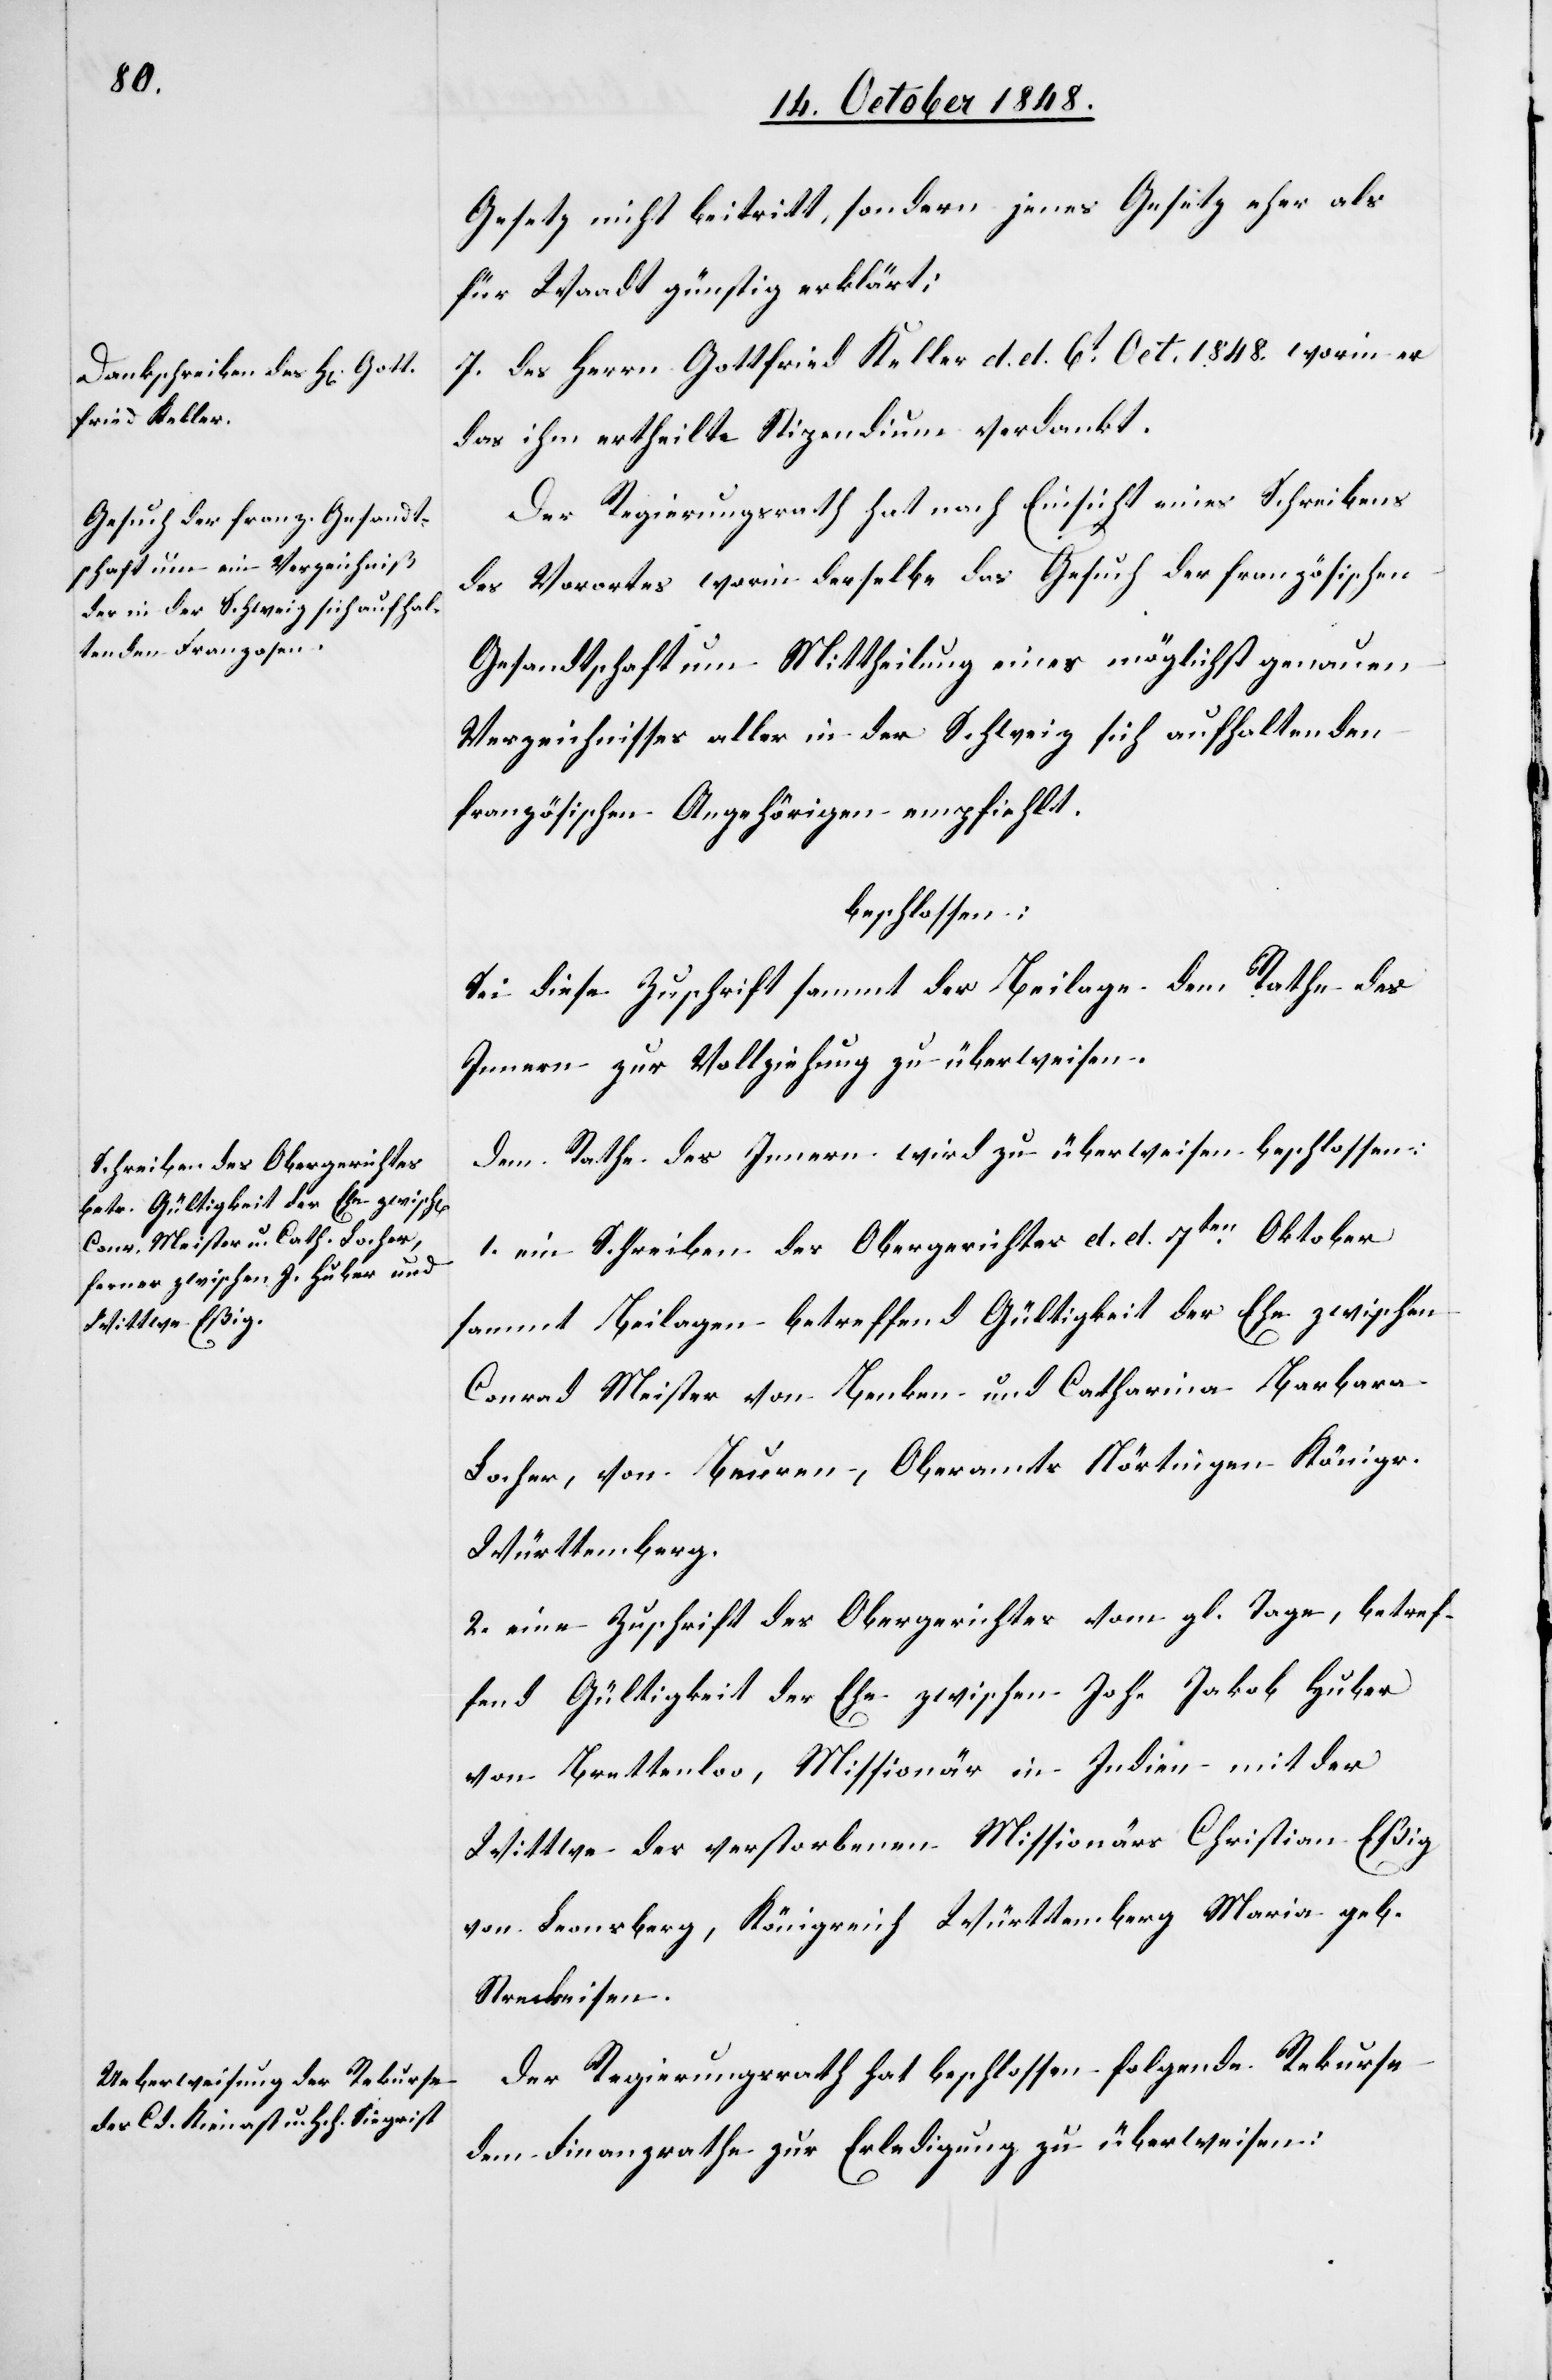
Gesetz nicht beitritt, sondern jenes Gesetz eher als
für Waadt günstig erklärt;
7. des Herrn Gottfried Keller d. d. 6t Oct. 1848. worin er
das ihm ertheilte Stipendium verdankt.
Der Regierungsrath hat nach Einsicht eines Schreibens
des Vorortes worin derselbe das Gesuch der französischen
Gesandtschaft um Mittheilung eines möglichst genauen
Verzeichnisses aller in der Schweiz sich aufhaltenden
französischen Angehörigen empfiehlt.
beschlossen:
Sei diese Zuschrift sammt der Beilage dem Rathe des
Innern zur Vollziehung zu überweisen.
Dem Rathe des Innern wird zu überweisen beschlossen:
1. ein Schreiben des Obergerichtes d. d. 7ten Oktober
sammt Beilagen betreffend Gültigkeit der Ehe zwischen
Conrad Meister von Benken und Catharina Barbara
Locher, von Beuren, Oberamts Nörtingen Königr.
Württemberg.
2. eine Zuschrift des Obergerichtes vom gl. Tage, betref¬
fend Gültigkeit der Ehe zwischen Joh. Jakob Huber
von Brettenloo, Missionär in Indien mit der
Wittwe des verstorbenen Missionärs Christian Eßig
von Leonsberg, Königreich Württemberg Maria geb.
Streckeisen.
Der Regierungsrath hat beschlossen folgende Rekurse
dem Finanzrathe zur Erledigung zu überweisen: